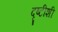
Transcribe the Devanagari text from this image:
दृष्टीशी